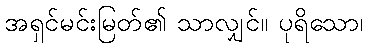
အရှင်မင်းမြတ်၏ သာလျှင်။ ပုရိသော၊